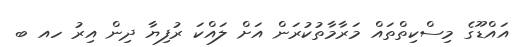
އައްޑޫގެ މިސްކިތްތައް މަރާމާތުކުރަން އަށް ލައްކަ ރުފިޔާ ދިން އިރު ހއ ބ